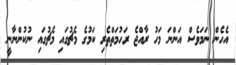
އެހެން ނަމަވެސް އަންނަ މަހު ރާއްޖެ ރަހުމަތްތެރި ކަމުގެ މެޗުގައި މެޗުގައި ނުކުންނާނީ